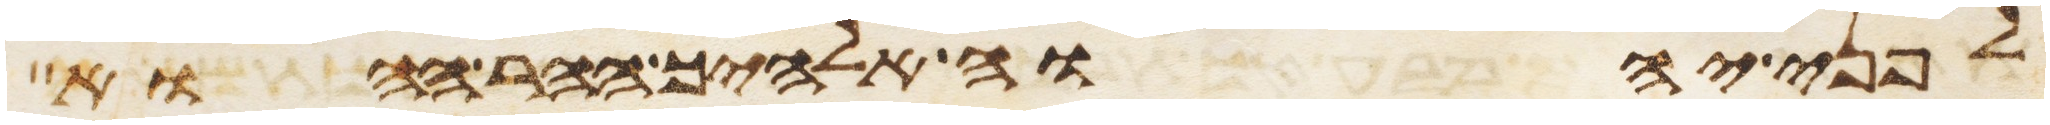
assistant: לפני יהוה אלהיך ההר ההוא